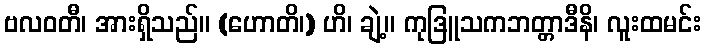
ဗလဝတီ၊ အားရှိသည်။ (ဟောတိ၊) ဟိ၊ ချဲ့။ ကုဒြူသကဘတ္တာဒီနိ၊ လူးထမင်း